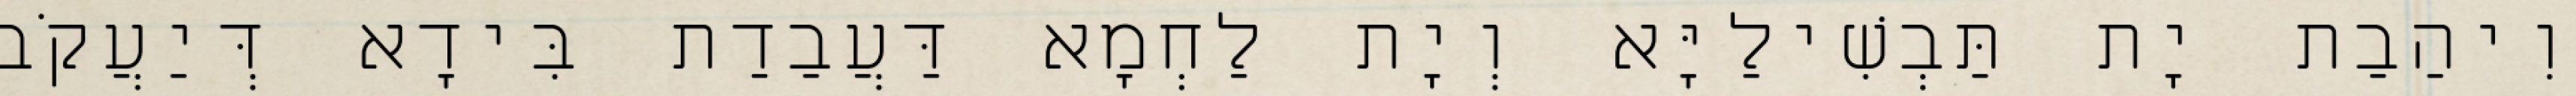
וִיהַבַת יָת תַּבְשִׁילַיָּא וְיָת לַחְמָא דַּעֲבַדַת בִּידָא דְּיַעֲקֹב